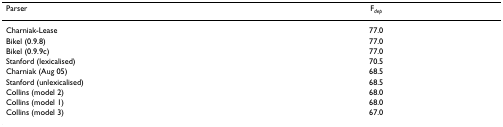
<table><thead><tr><td><b>Parser</b></td><td><b>F<sub><i>dep</i></sub></b></td></tr></thead><tbody><tr><td>Charniak-Lease</td><td>77.0</td></tr><tr><td>Bikel (0.9.8)</td><td>77.0</td></tr><tr><td>Bikel (0.9.9c)</td><td>77.0</td></tr><tr><td>Stanford (lexicalised)</td><td>70.5</td></tr><tr><td>Charniak (Aug 05)</td><td>68.5</td></tr><tr><td>Stanford (unlexicalised)</td><td>68.5</td></tr><tr><td>Collins (model 2)</td><td>68.0</td></tr><tr><td>Collins (model 1)</td><td>68.0</td></tr><tr><td>Collins (model 3)</td><td>67.0</td></tr></tbody></table>